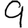
Digit: 9